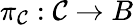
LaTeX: \pi_{{\cal{C}}}:{\cal{C}}\rightarrow B